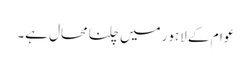
عوام کے لاہور میں چلنا محال ہے۔